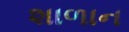
શાળાન